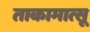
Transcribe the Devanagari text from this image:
ताकामात्सू